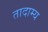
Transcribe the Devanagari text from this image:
तादाम्य